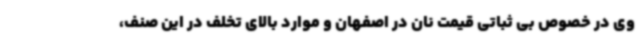
وی در خصوص بی ثباتی قیمت نان در اصفهان و موارد بالای تخلف در این صنف،